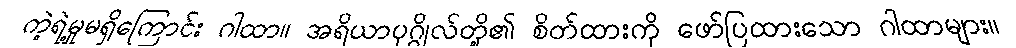
ကဲ့ရဲ့မှုမရှိကြောင်း ဂါထာ။ အရိယာပုဂ္ဂိုလ်တို့၏ စိတ်ထားကို ဖော်ပြထားသော ဂါထာများ။